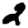
Digit: 2